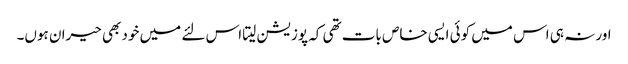
اور نہ ہی اس میں کوئی ایسی خاص بات تھی کہ پوزیشن لیتا اس لئے میں خود بھی حیران ہوں۔